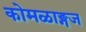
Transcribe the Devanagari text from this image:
कोमळाङ्गज